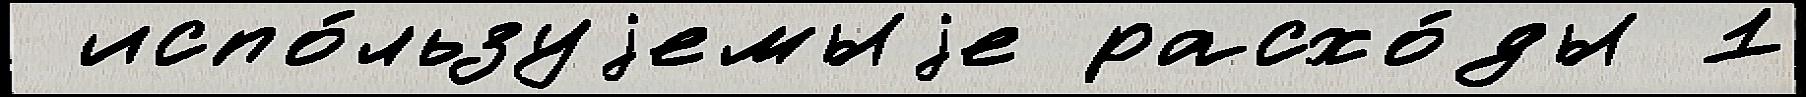
 испо́льзуjемыjе расхо́ды 1